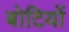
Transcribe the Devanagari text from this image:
बोटियों